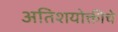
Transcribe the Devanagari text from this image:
अतिशयोक्तीचे